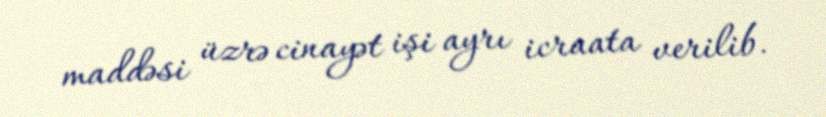
maddəsi üzrə cinayət işi ayrı icraata verilib.